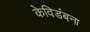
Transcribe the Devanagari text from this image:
केविडंबना